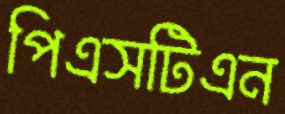
পিএসটিএন